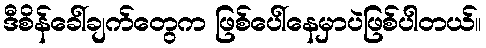
ဒီစိန်ခေါ်ချက်တွေက ဖြစ်ပေါ်နေမှာပဲဖြစ်ပါတယ်။